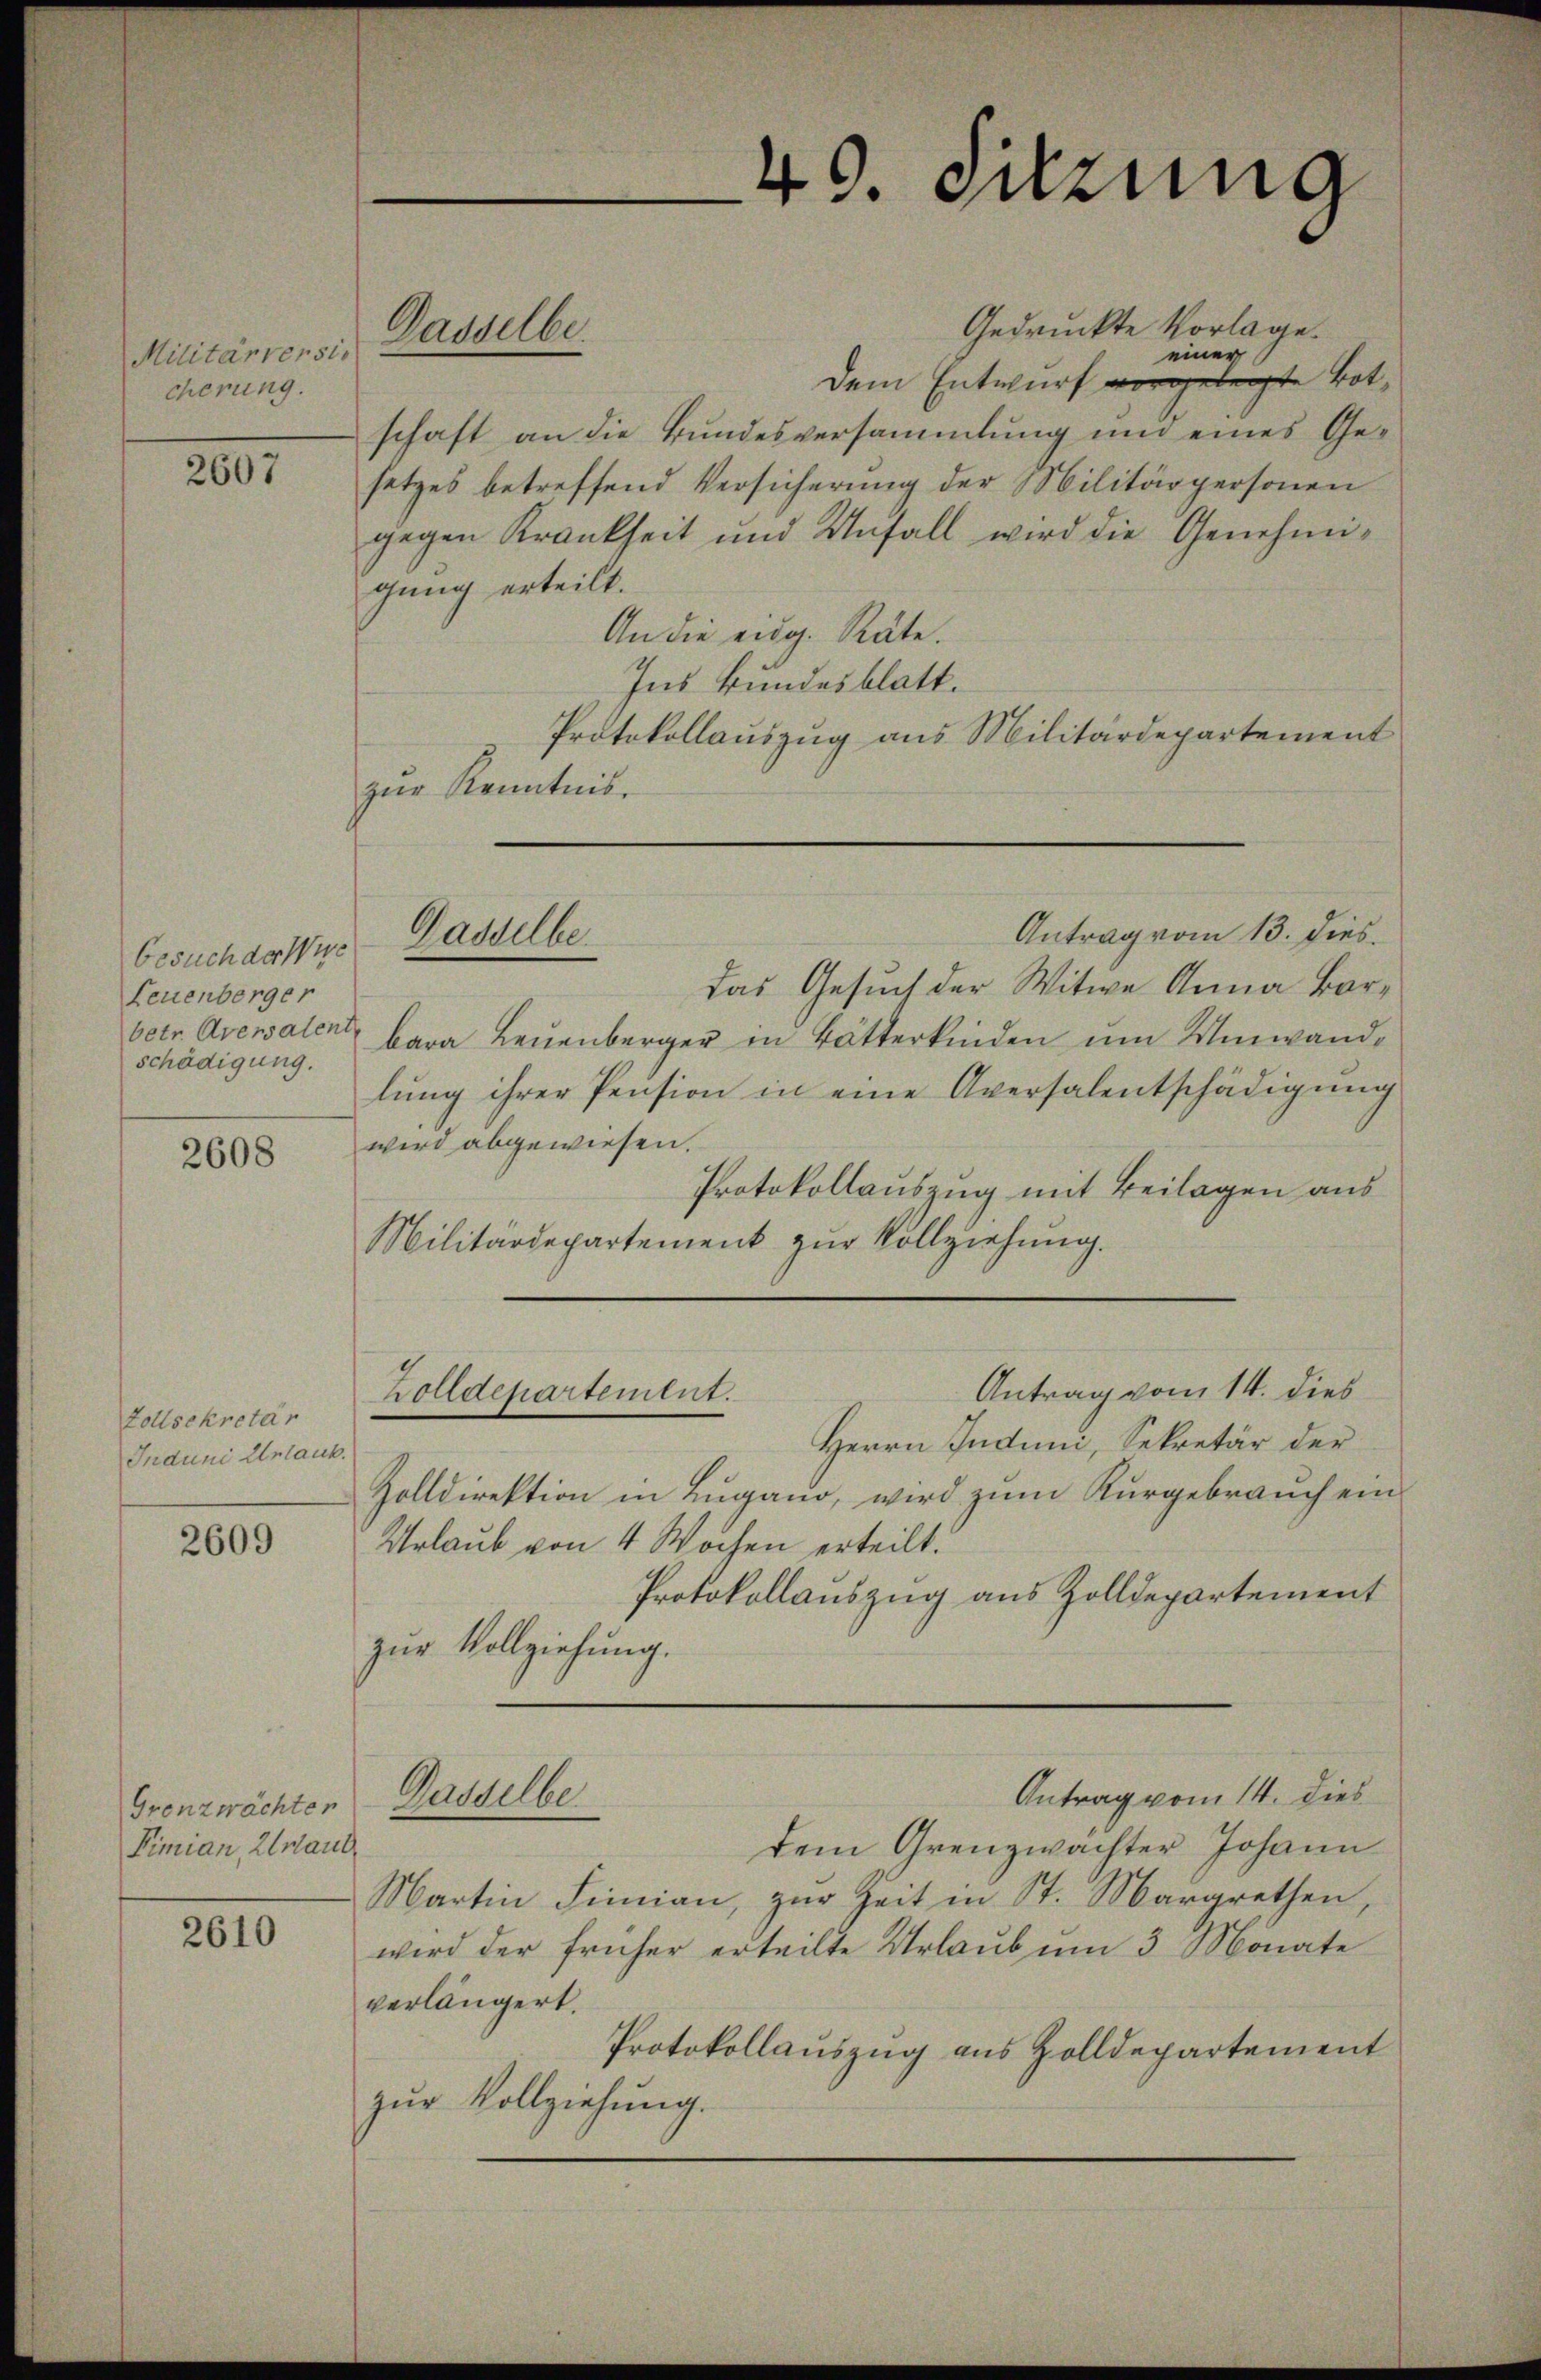
Militärversio
cherung.

2607

besuch der Wie
Leuenberger
schädigung.

2608

Zollsekretär
Induni Urlaub.

2609

Grenzwachter
Pimian, Urlaub

2610

Dasselbe.

Gaquelle

40. Sitzung

Gedruckte Vorlage.
einer
Dem Entwurf vorgelegte Botschaft an die Bundesversammlung und eines Gesetzes betreffend Versicherung der Militärpersonen
gegen Krankheit und Unfall wird die Genehmigung erteilt.
An die eidg. Räte.
Ins Bundesblatt.
Protokollauszug aus Militärdepartement
zŭr Kenntnis.
Antrag vom 13. dies
das Gesuch der Witwe Anna Barbetr. Aversalen bara Leuenberger in Bötterkinden um Winwandlŭng ihrer Pension in eine Aversalentschädigŭng
wird abgewiesen.
Protokollauszug mit Beilagen aus
Militärdepartement zur Vollziehung.
Antrag vom 14. dies
Zolldepartement.
Herrn Induni, Sekretär der
Zolldirektion in Lugano, wird zum Kurgebrauch ein
Urlaub von 4 Wochen erteilt.
Protokollauszug aus Zolldepartement
zur Vollziehung.
Antrag vom 14. dies
Gaddelbe
dem Grenzwachter Johann
Martin Simian, zur Zeit in St. Margrethen,
wird der früher erteilte Urlaub um 3 Monate
verlängert.
Protokollauszug aus Zolldepartement
zŭr Vollziehung.